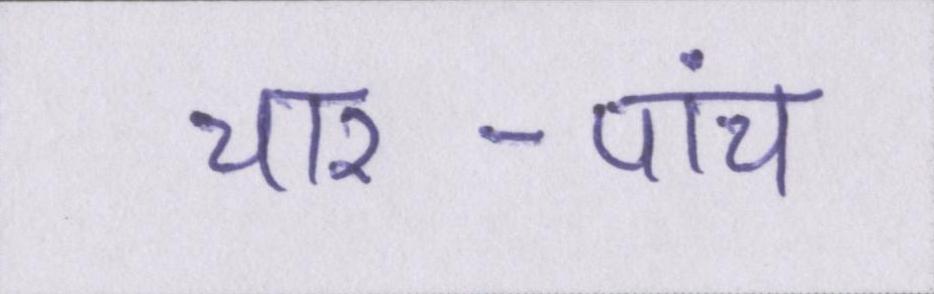
चार-पांच